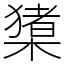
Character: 橥